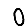
Digit: 0